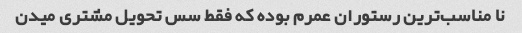
نا مناسب‌ترین رستوران عمرم بوده که فقط سس تحویل مشتری میدن